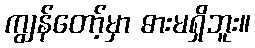
ကျွန်တော့်မှာ ဓားမရှိဘူး။